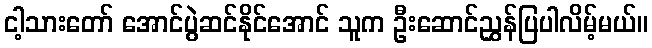
ငါ့သားတော် အောင်ပွဲဆင်နိုင်အောင် သူက ဦးဆောင်ညွှန်ပြပါလိမ့်မယ်။